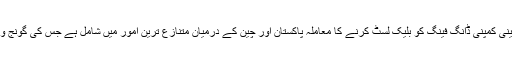
بدعنوانی اور ناقص مصنوعات فراہم کرنے کے الزامات کے بعدچینی کمپنی ڈانگ فینگ کو بلیک لسٹ کرنے کا معاملہ پاکستان اور چین کے درمیان متنازع ترین امور میں شامل ہے جس کی گونج وزیراعظم نوازشریف کے دورہ چین کے دوران بھی سنائی دی تھی۔